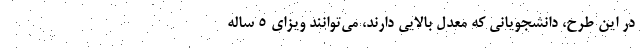
در این طرح،‌ دانشجویانی که معدل بالایی دارند، می‌توانند ویزای ۵ ساله